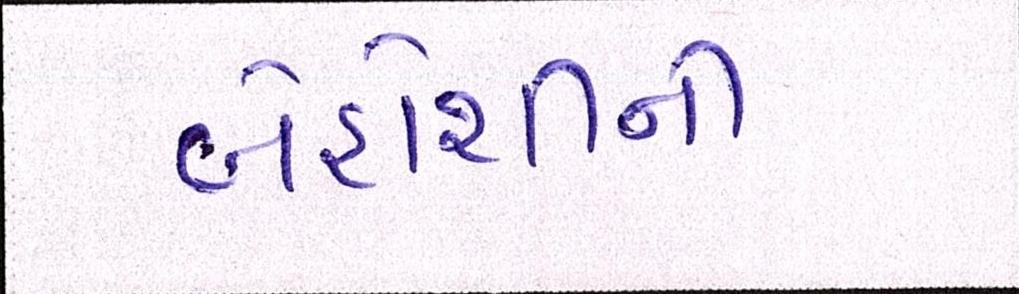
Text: બેહોશીની